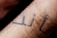
أنت